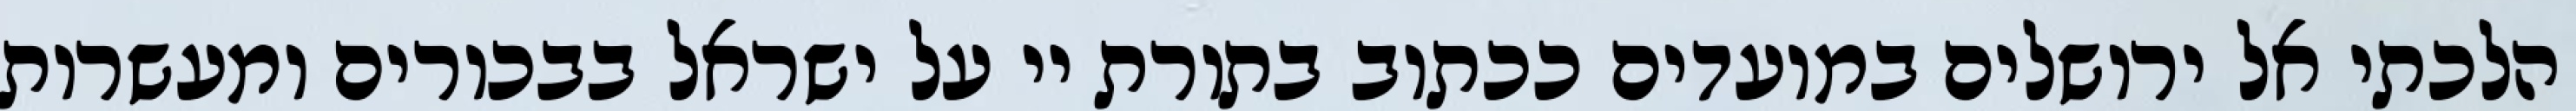
הלכתי אל ירושלים במועדים ככתוב בתורת יי על ישראל בבכורים ומעשרות